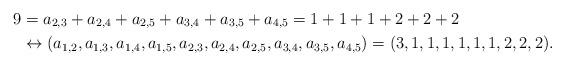
LaTeX: \begin{align*} 9 & = a_{2,3} + a_{2,4} + a_{2,5} + a_{3,4} + a_{3,5} + a_{4,5} = 1 + 1 + 1 + 2 + 2 + 2 \\ & \leftrightarrow (a_{1,2}, a_{1,3}, a_{1,4}, a_{1,5}, a_{2,3}, a_{2,4}, a_{2,5}, a_{3,4}, a_{3,5}, a_{4,5}) = (3,1,1,1,1,1,1,2,2,2). \end{align*}